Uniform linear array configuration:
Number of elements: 4
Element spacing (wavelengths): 0.25
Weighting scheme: binomial
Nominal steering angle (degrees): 0
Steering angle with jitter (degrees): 1.21
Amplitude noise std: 0.05
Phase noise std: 0.05

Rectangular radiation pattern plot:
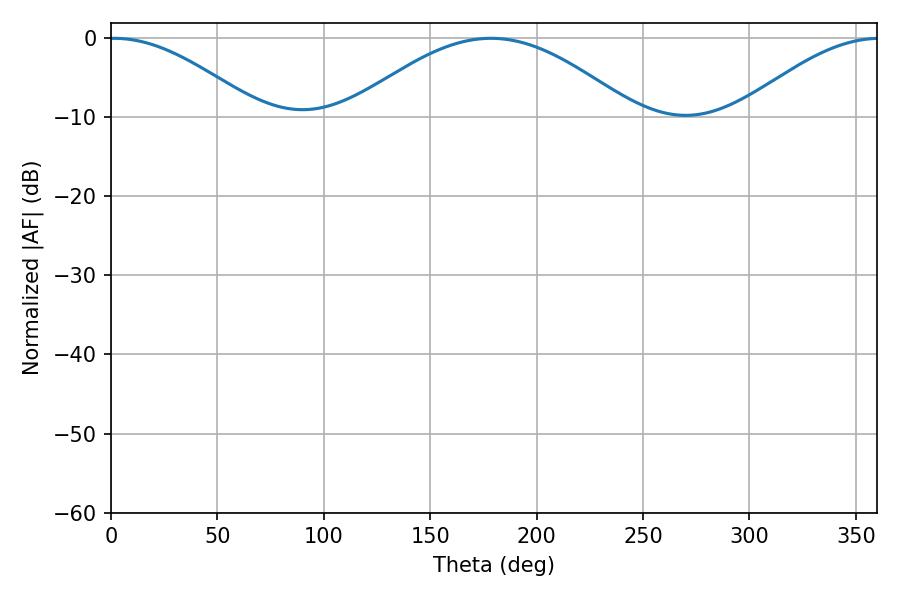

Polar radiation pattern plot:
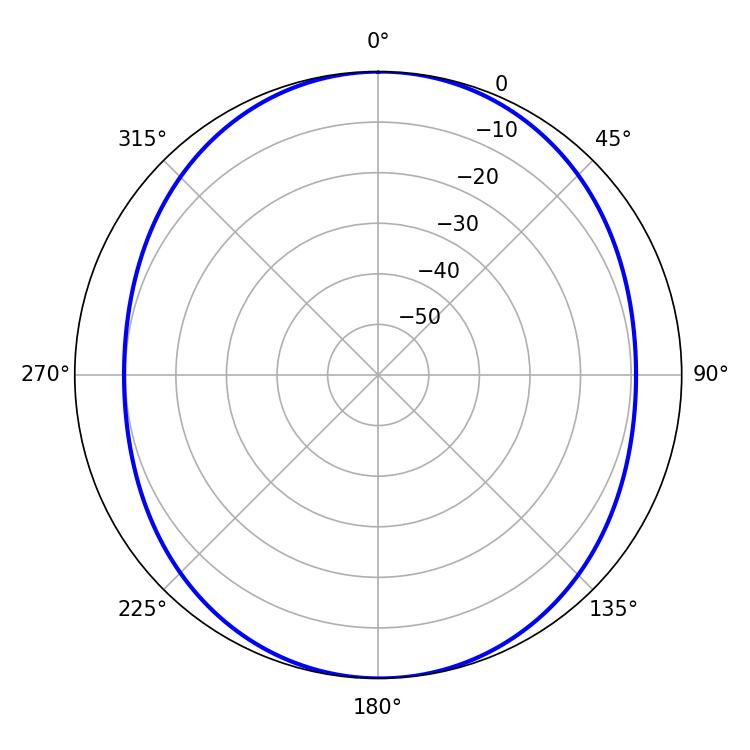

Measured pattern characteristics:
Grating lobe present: FALSE
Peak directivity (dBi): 14.568
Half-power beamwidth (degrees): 37.8
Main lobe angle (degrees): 1.44